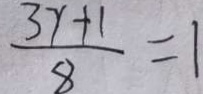
\frac { 3 y + 1 } { 8 } = 1